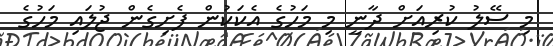
މި ސޭލު ކުރިއަށް ދާނީ މި މަހުގެ އެކަކުން ފެށިގެން ޖުލައި މަހުގެ